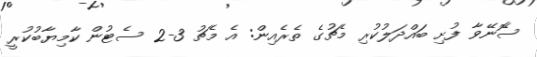
ސެޮނޭވާ ފުށި ބައްދަލުކުރި މެޗުގެ ތެރެއިން: އެ މެޗު 3-2 ސެޓުން ކާމިޔާބުކުރީ